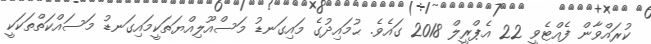
ކުރައްވާން ފެއްޓެވީ 22 އެޕްރީލް 2018 ގައެވެ. ޙުމައިދުގެ މައިގަނޑު މަސްއޫލިއްޔަތަކީމައިގަނޑު މަސައްކަތްތަކަކީ